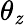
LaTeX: \theta_{\mathit{z}}